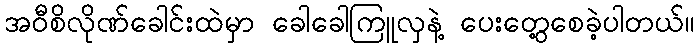
အဝီစိလိုဏ်ခေါင်းထဲမှာ ခေါခေါကြူလှနဲ့ ပေးတွေ့စေခဲ့ပါတယ်။